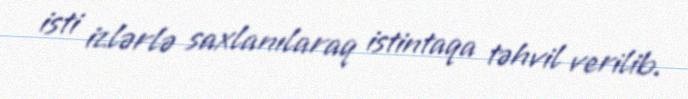
isti izlərlə saxlanılaraq istintaqa təhvil verilib.